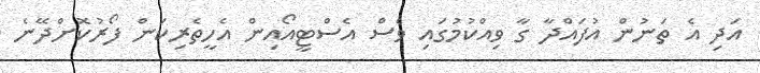
އަދި އެ ތަނުން އުފައްދާ ގާ ވިއްކުމުގައި ވެސް އެސްޓީއޯއިން އެހީތެރިކަން ފޯރުކޮށްދޭނެ